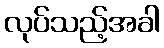
လုပ်သည့်အခါ